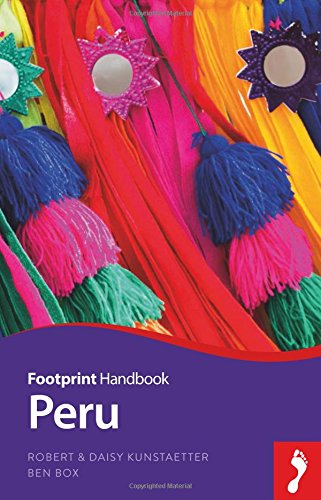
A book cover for Peru Handbook (Footprint - Handbooks); Ben Box; Travel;